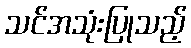
သင်အသုံးပြုသည့်